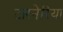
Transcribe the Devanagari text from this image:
टारनेरिया